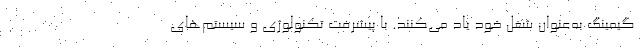
گیمینگ به‌عنوان شغل خود یاد می‌کنند. با پیشرفت تکنولوژی و سیستم‌های